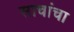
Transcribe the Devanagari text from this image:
साचांचा